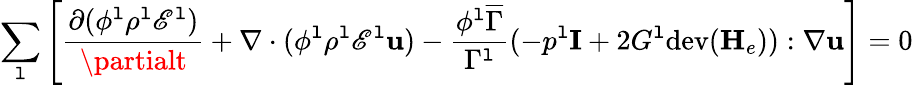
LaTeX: \sum_{\mathtt{l}}\left[\frac{{\partial(\phi^{\mathtt{l}}\rho^{\mathtt{l}}\mathscr{{E}}^{\mathtt{l}})}}{{\partialt}}+\nabla\cdot(\phi^{\mathtt{l}}\rho^{\mathtt{l}}\mathscr{{E}}^{\mathtt{l}}\mathbf{{u}})-\frac{{\phi^{\mathtt{l}}\overline{{{\Gamma}}}}}{{\Gamma^{\mathtt{l}}}}(-p^{\mathtt{l}}\mathbf{{I}}+2G^{\mathtt{l}}\mathrm{{dev}}(\mathbf{{H}}_{e})):\nabla\mathbf{{u}}\right]=0